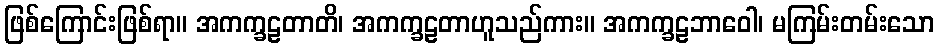
ဖြစ်ကြောင်းဖြစ်ရာ။ အကက္ခဠတာတိ၊ အကက္ခဠတာဟူသည်ကား။ အကက္ခဠဘာဝေါ၊ မကြမ်းတမ်းသော